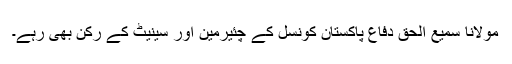
مولانا سمیع الحق دفاعِ پاکستان کونسل کے چئیرمین اور سینیٹ کے رکن بھی رہے۔